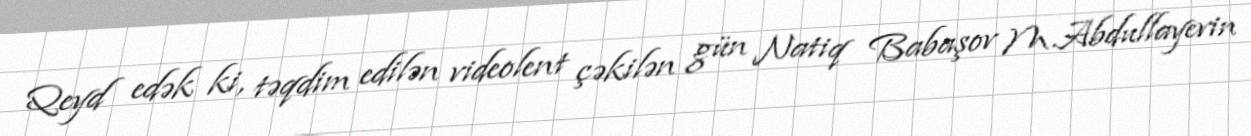
Qeyd edək ki, təqdim edilən videolent çəkilən gün Natiq Babaşov M.Abdullayevin